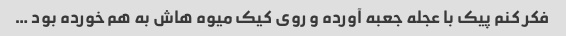
فکر کنم پیک با عجله جعبه آورده و روی کیک میوه هاش به هم خورده بود …